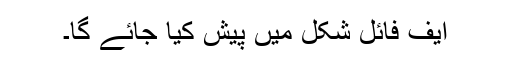
ایف فائل شکل میں پیش کیا جائے گا۔